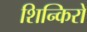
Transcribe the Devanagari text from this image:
शिन्किरो